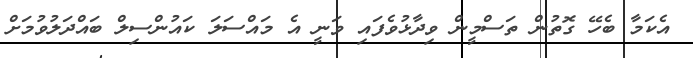
އެކަމާ ބެހޭ ގޮތުން ތަސްމީން ވިދާޅުވެފައި ވަނީ އެ މައްސަލަ ކައުންސިލް ބައްދަލުވުމަށް